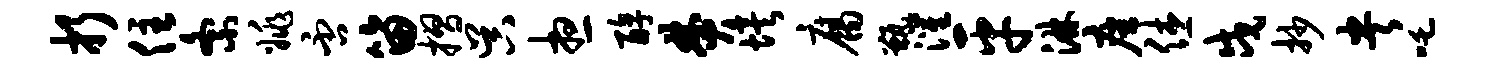
折住紊姚否笛摺吴想醇焚埃腐甑灌平淋座休戍抄央吒